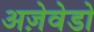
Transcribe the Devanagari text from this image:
अज़ेवेडो